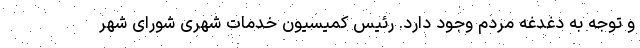
و توجه به دغدغه مردم وجود دارد. رئیس کمیسیون خدمات شهری شورای شهر